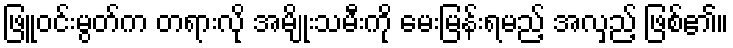
ဖြူဝင်းမွတ်က တရားလို အမျိုးသမီးကို မေးမြန်းရမည့် အလှည့် ဖြစ်၏။